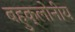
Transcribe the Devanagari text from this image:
बहुक्लोनीय